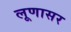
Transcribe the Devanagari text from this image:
लूणासर